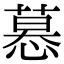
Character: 𢟽